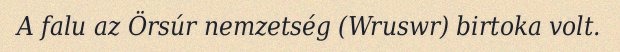
A falu az Örsúr nemzetség (Wruswr) birtoka volt.